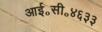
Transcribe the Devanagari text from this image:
आई॰सी॰४६३३